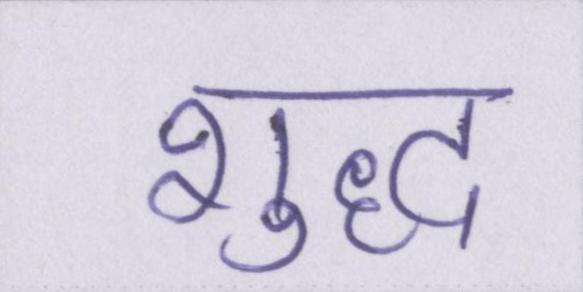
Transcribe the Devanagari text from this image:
शुध्द